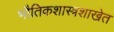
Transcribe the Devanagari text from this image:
भौतिकशास्त्रशाखेत